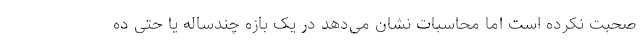
صحبت نکرده است اما محاسبات نشان می‌دهد در یک بازه چندساله یا حتی ده